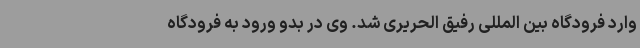
وارد فرودگاه بین المللی رفیق الحریری شد. وی در بدو ورود به فرودگاه